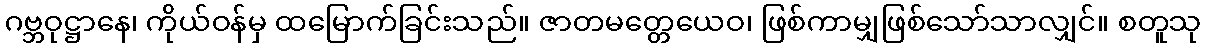
ဂဗ္ဘဝုဋ္ဌာနေ၊ ကိုယ်ဝန်မှ ထမြောက်ခြင်းသည်။ ဇာတမတ္တေယေဝ၊ ဖြစ်ကာမျှဖြစ်သော်သာလျှင်။ စတူသု